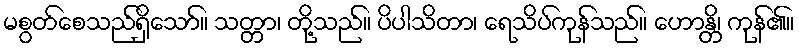
မစွတ်စေသည်ရှိသော်။ သတ္တာ၊ တို့သည်။ ပိပါသိတာ၊ ရေသိပ်ကုန်သည်။ ဟောန္တိ၊ ကုန်၏။